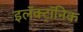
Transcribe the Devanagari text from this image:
इलॅक्ट्रॉनिक